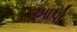
આપો